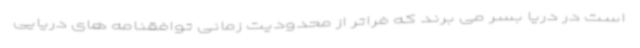
است در دریا بسر می برند که فراتر از محدودیت زمانی توافقنامه های دریایی